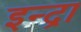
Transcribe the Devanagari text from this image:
इन्द्रा